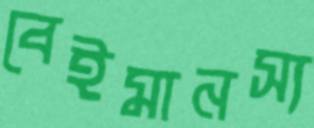
বেইমানস্য